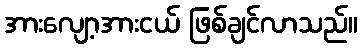
အားလျော့အားငယ် ဖြစ်ချင်လာသည်။